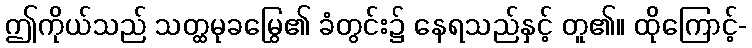
ဤကိုယ်သည် သတ္ထမုခမြွေ၏ ခံတွင်း၌ နေရသည်နှင့် တူ၏။ ထိုကြောင့်-